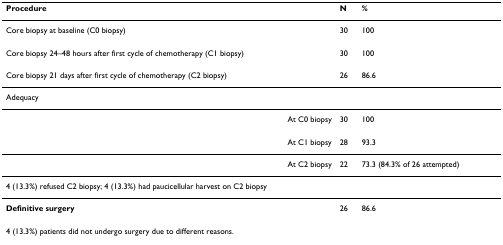
<table><thead><tr><td><b>Procedure</b></td><td><b>N</b></td><td><b>%</b></td></tr></thead><tbody><tr><td>Core biopsy at baseline (C0 biopsy)</td><td>30</td><td>100</td></tr><tr><td>Core biopsy 24–48 hours after first cycle of chemotherapy (C1 biopsy)</td><td>30</td><td>100</td></tr><tr><td>Core biopsy 21 days after first cycle of chemotherapy (C2 biopsy)</td><td>26</td><td>86.6</td></tr><tr><td>Adequacy</td><td></td><td></td></tr><tr><td>At C0 biopsy</td><td>30</td><td>100</td></tr><tr><td>At C1 biopsy</td><td>28</td><td>93.3</td></tr><tr><td>At C2 biopsy</td><td>22</td><td>73.3 (84.3% of 26 attempted)</td></tr><tr><td colspan="3">4 (13.3%) refused C2 biopsy; 4 (13.3%) had paucicellular harvest on C2 biopsy</td></tr><tr><td><b>Definitive surgery</b></td><td>26</td><td>86.6</td></tr><tr><td colspan="3">4 (13.3%) patients did not undergo surgery due to different reasons.</td></tr></tbody></table>